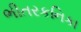
ભીતરકનિકા